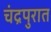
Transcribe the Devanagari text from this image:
चंद्रपुरात